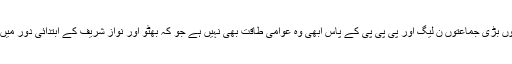
خیال دیگر دونوں بڑی جماعتوں ن لیگ اور پی پی پی کے پاس ابھی وہ عوامی طاقت بھی نہیں ہے جو کہ بھٹو اور نواز شریف کے ابتدائی دور میں ہوا کرتی تھی۔